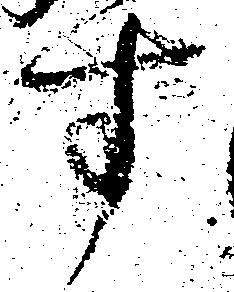
す